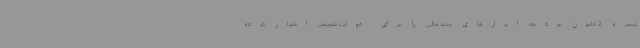
تبصره 2 قانون بودجه ابزارهای جدید مالی را برای دولت تفویض اختیار کرده